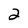
Character: 2